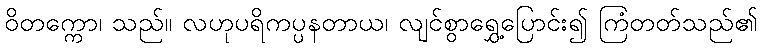
ဝိတက္ကော၊ သည်။ လဟုပရိကပ္ပနတာယ၊ လျင်စွာရွှေ့ပြောင်း၍ ကြံတတ်သည်၏